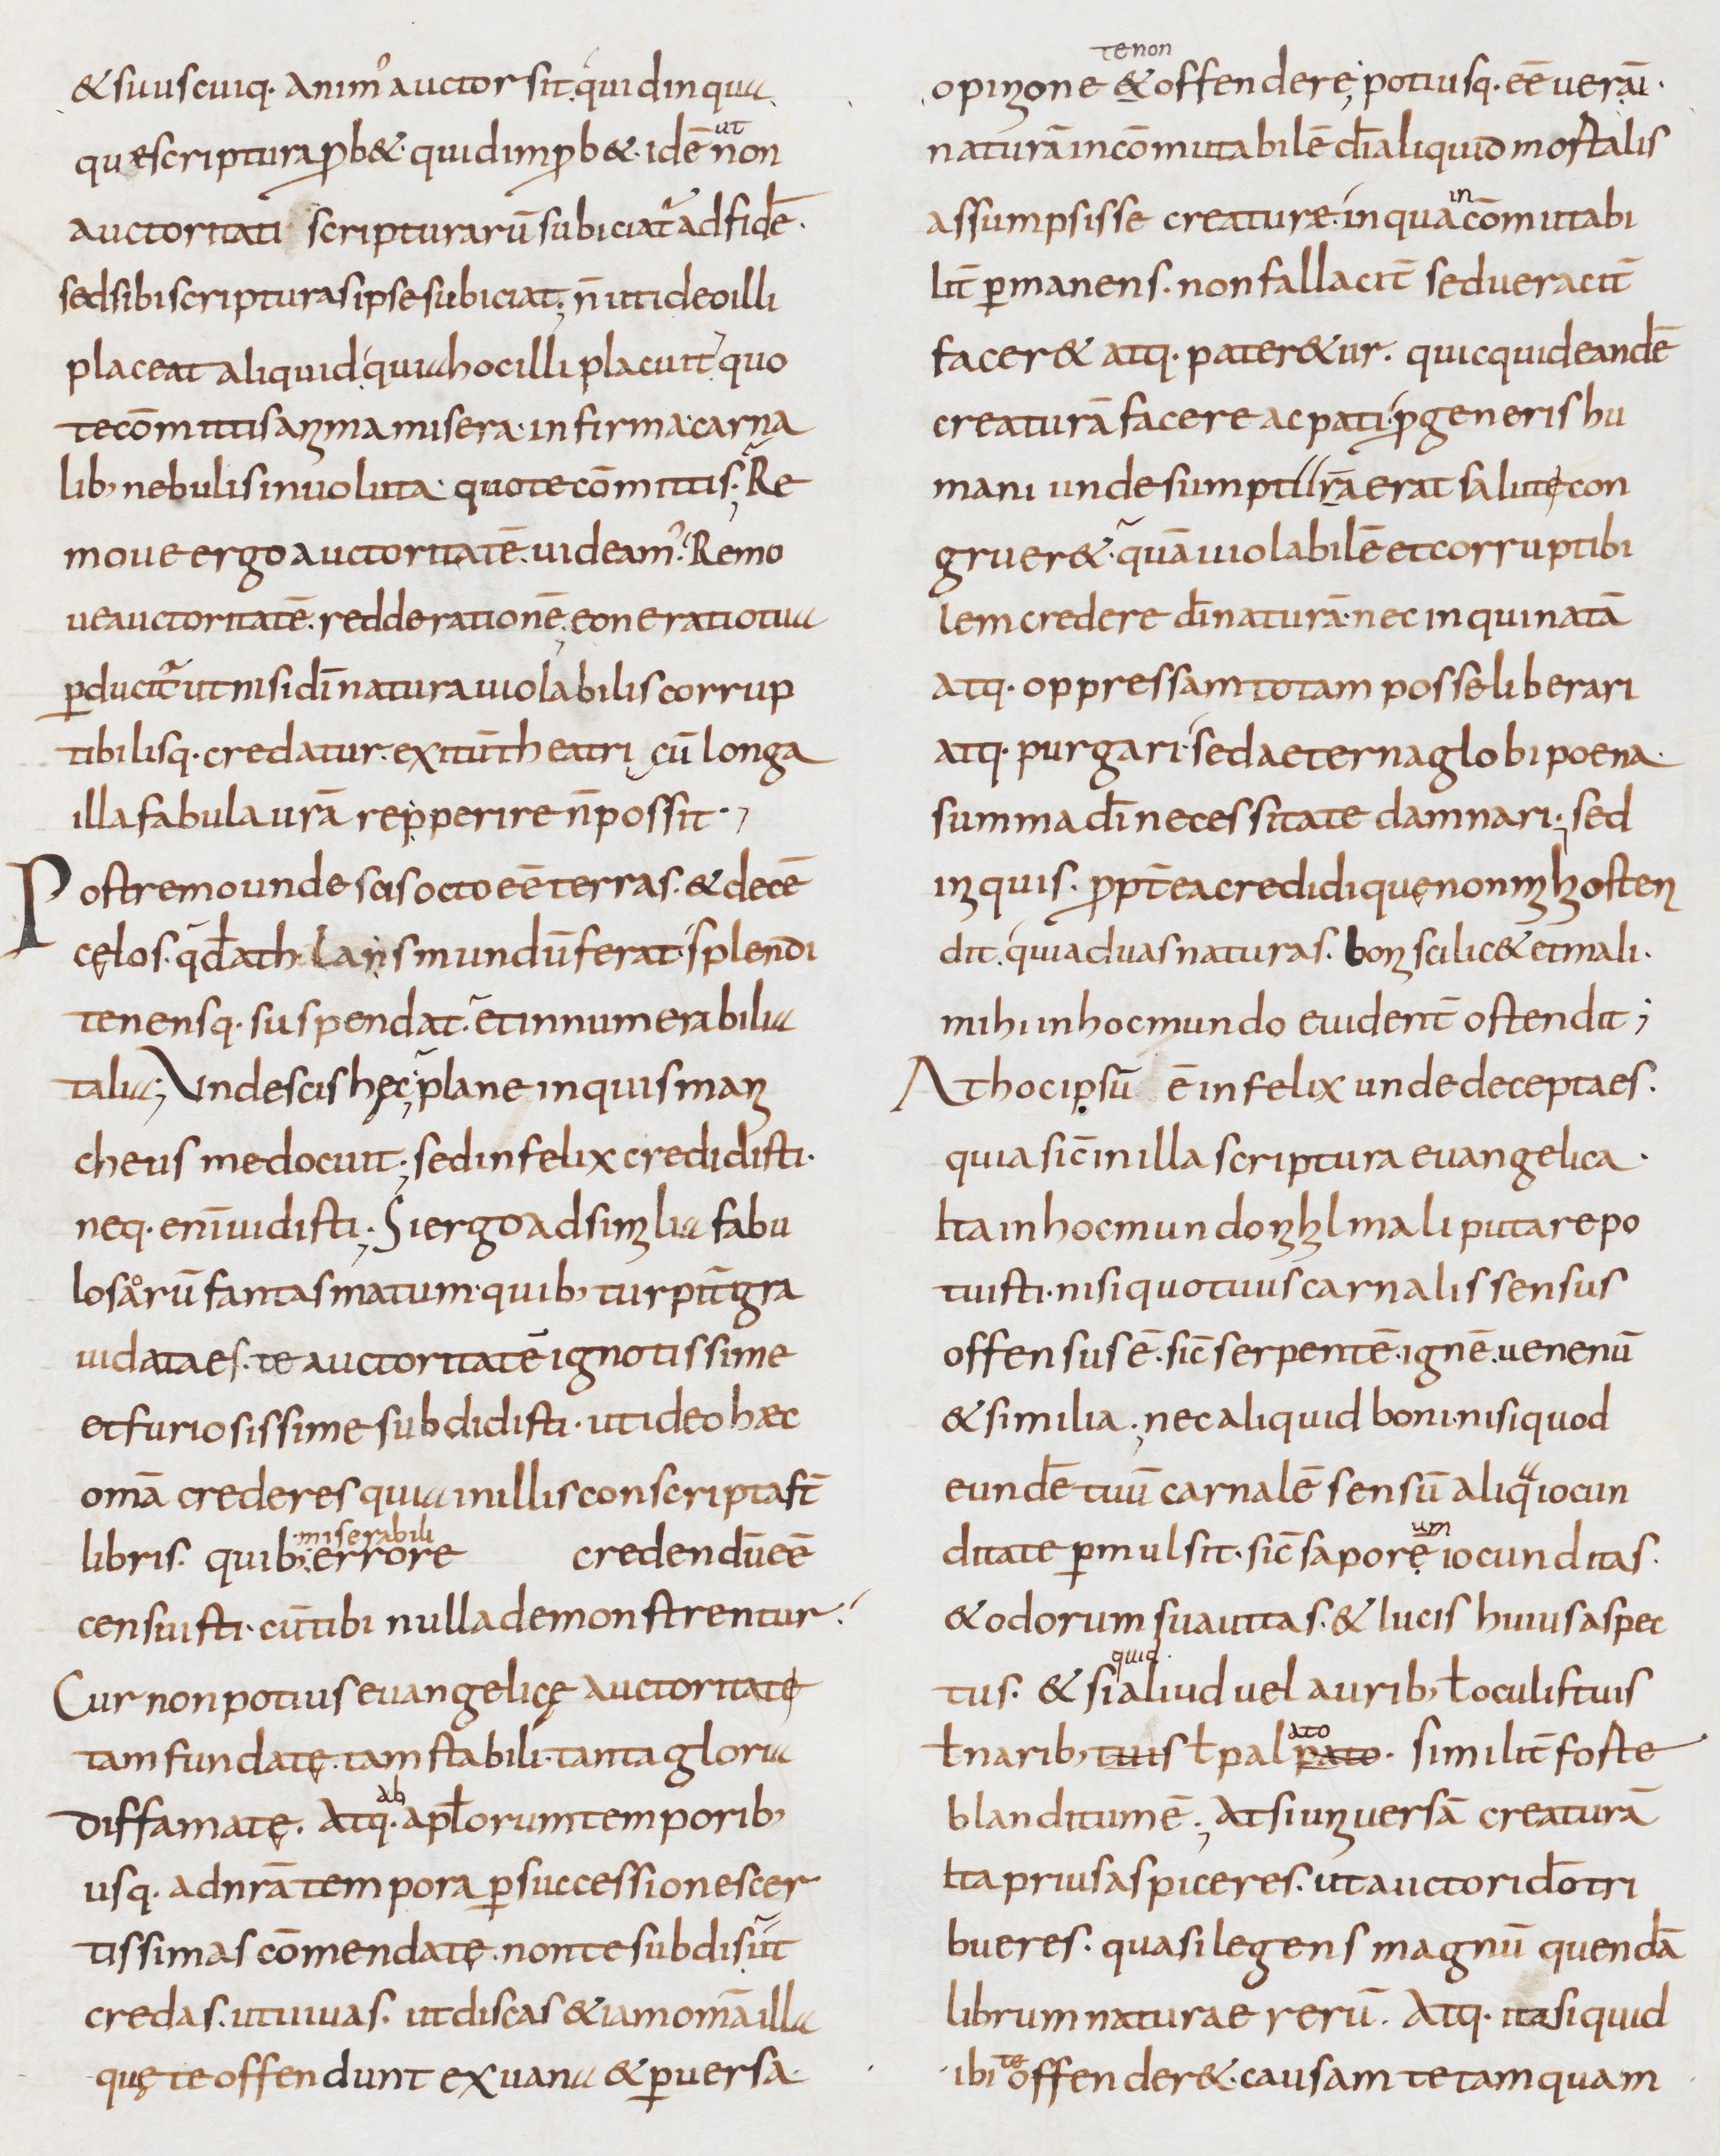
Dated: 800–899